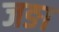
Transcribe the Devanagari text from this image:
जङा